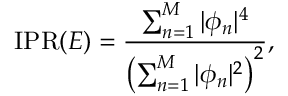
\mathrm { I P R } ( E ) = \frac { \sum _ { n = 1 } ^ { M } | \phi _ { n } | ^ { 4 } } { \left( \sum _ { n = 1 } ^ { M } | \phi _ { n } | ^ { 2 } \right) ^ { 2 } } ,